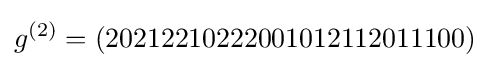
g^{(2)}=(20212210222001012112011100)